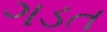
ગડત